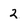
Character: 2